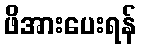
ဖိအားပေးရန်